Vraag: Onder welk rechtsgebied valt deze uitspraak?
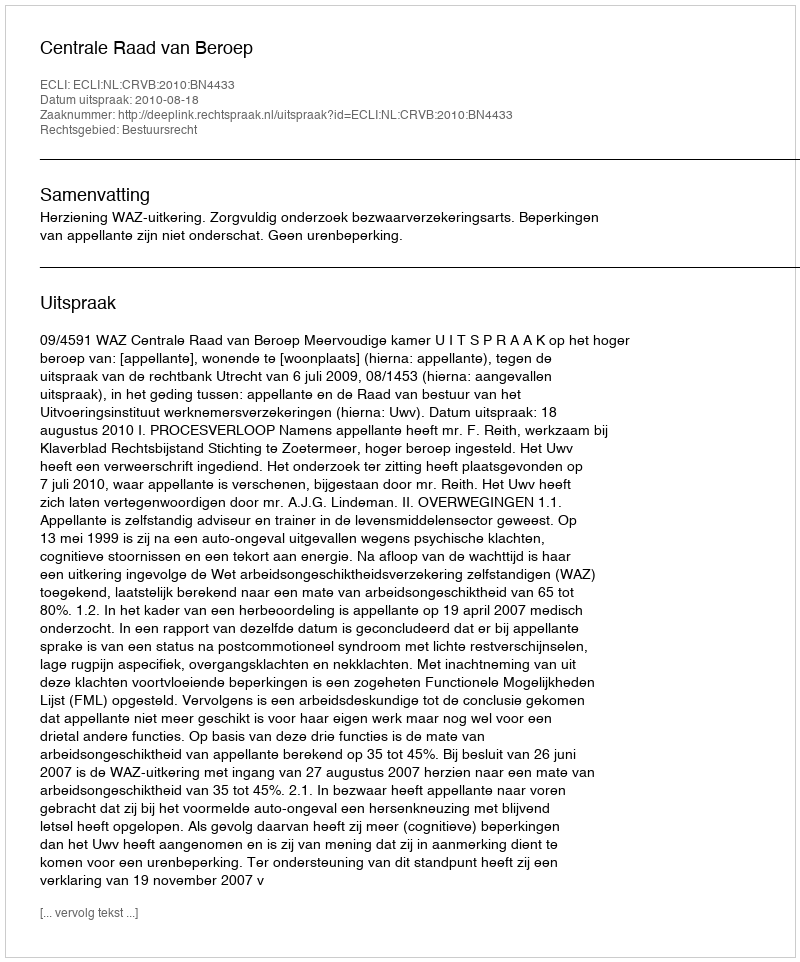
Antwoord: Bestuursrecht